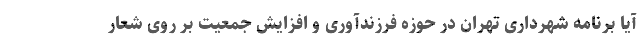
آیا برنامه شهرداری تهران در حوزه فرزندآوری و افزایش جمعیت بر روی شعار